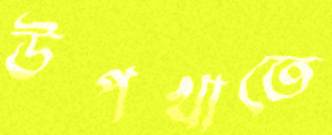
উপখাতে